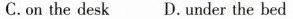
C.on the desk D.under the bed